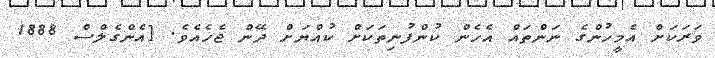
ވަރަކަށް އެމީހުންގެ ނަންތައް އެހެން ކުންފުނިތަކަށް ކުއްޔަށް ދޭން ޖެހެއެވެ. [އެންގެލްސް 1888